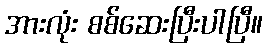
အားလုံး စစ်ဆေးပြီးပါပြီ။